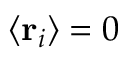
\langle \mathbf { r } _ { i } \rangle = 0